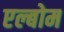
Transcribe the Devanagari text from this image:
एल्बोम